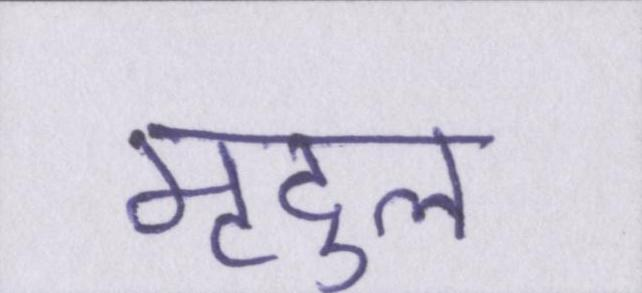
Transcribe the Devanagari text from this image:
मृदुल